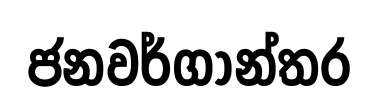
ජනවර්ගාන්තර